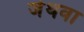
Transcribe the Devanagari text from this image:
जेथवा